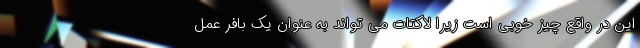
این در واقع چیز خوبی است زیرا لاکتات می تواند به عنوان یک بافر عمل